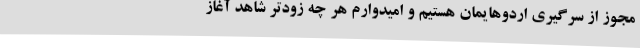
مجوز از سرگیری اردوهایمان هستیم و امیدوارم هر چه زودتر شاهد آغاز